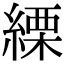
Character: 𦃊